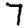
Digit: 7